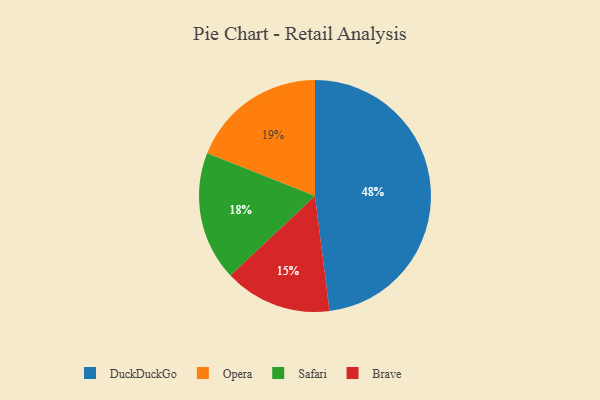
{"axis": {"x": "Category", "y": "Percentage"}, "legend": ["Brave", "DuckDuckGo", "Opera", "Safari"], "data": [{"x": "Safari", "y": 18, "type": "Safari"}, {"x": "DuckDuckGo", "y": 48, "type": "DuckDuckGo"}, {"x": "Brave", "y": 15, "type": "Brave"}, {"x": "Opera", "y": 19, "type": "Opera"}]}